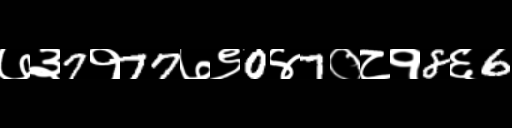
Text: ७३7१77७९0४7०८१8६6